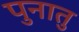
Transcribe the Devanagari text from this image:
पुनातु